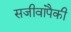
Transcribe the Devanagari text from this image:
सजीवांपैकी